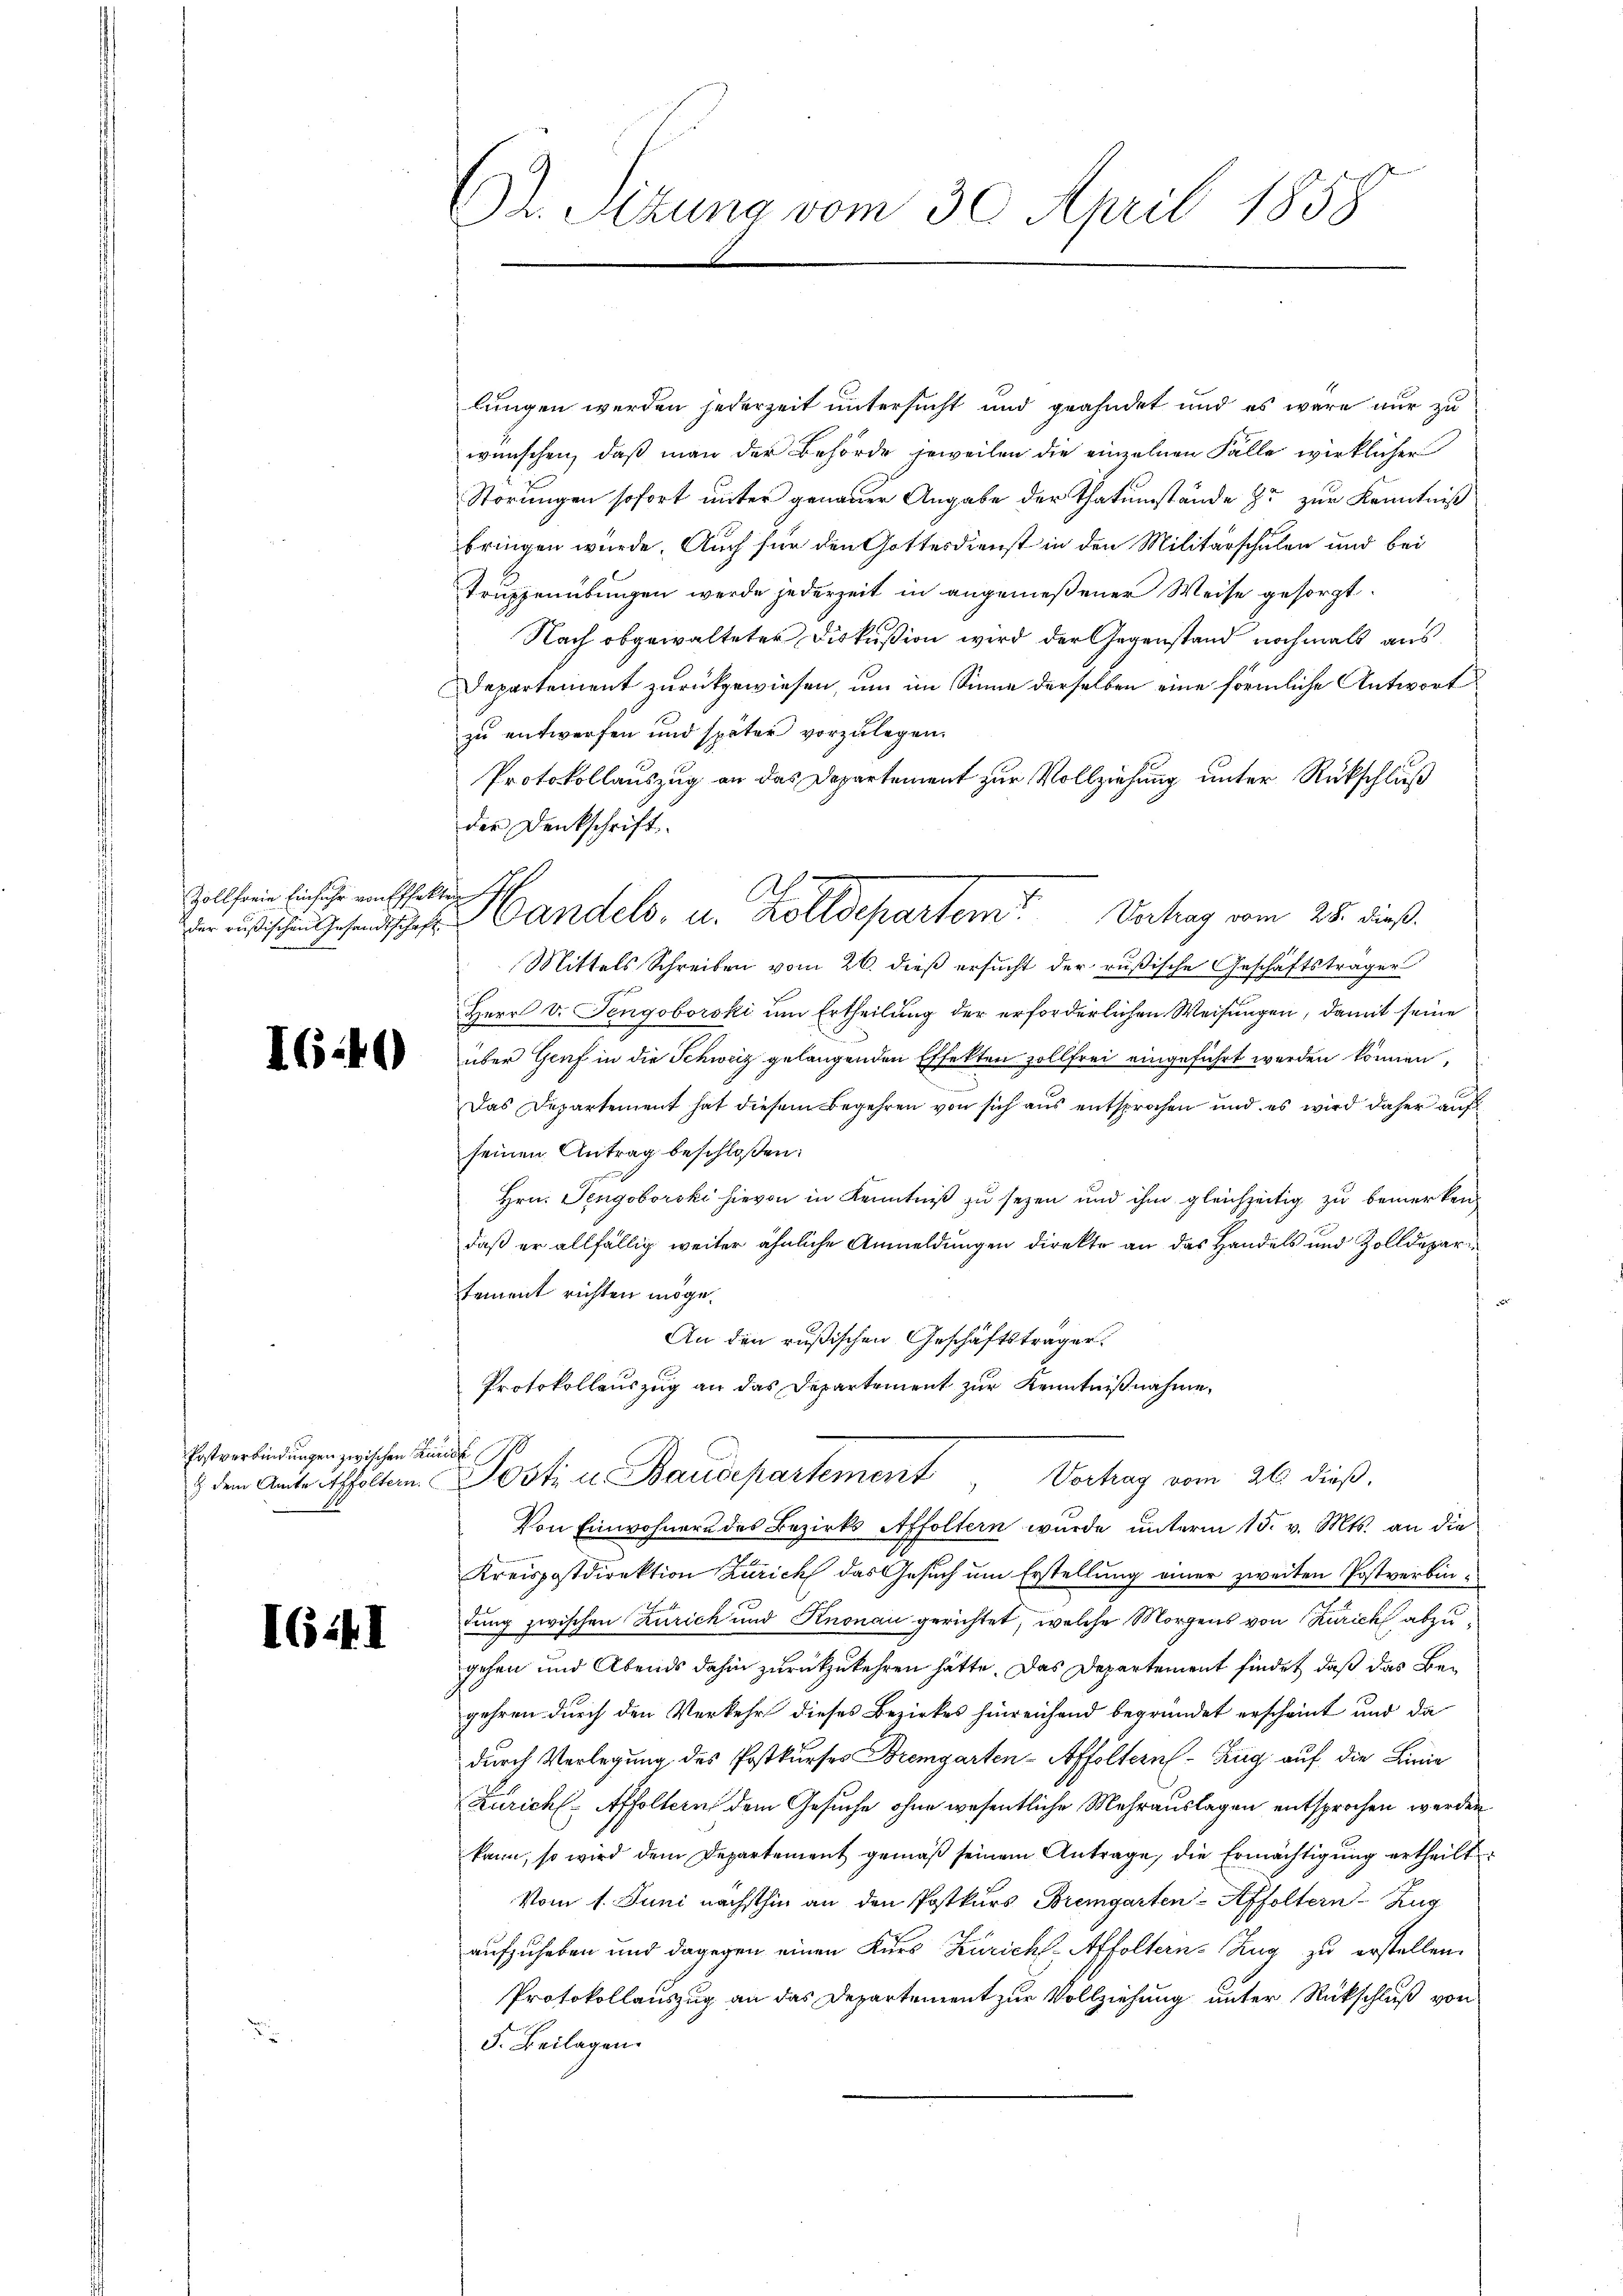
Zoll freie Einfuhr von Effekt

I6.40)

Postverbindungen zwischen Kurie

I6:4I

¬
Dr. Sitzung vom 30. April 1858

lungen werden jederzeit untersucht und geahndet und es wäre nur zu
wünschen, daß man der Behörde jeweilen die einzelnen Fälle wirklicher
Störungen sofort unter genauer Angabe der Thatumstände zu zur Kenntniß
bringen würde. Auch für den Gottesdienst in den Militärschulen und bei
Truppenübungen werde jederzeit in angemeßener Weise gesorgt.
Nach obgewalteter Diskußion wird der Gegenstand nochmals aus
Departement zurückgewiesen, um im Sinne derselben eine förmliche Antwort
zu entwerfen und später vorzulegen.
Protokollauszug an das Departement zur Vollziehung unter Rückschluß
der Denkschrift
eh
 sie andels- u. Kolldepartem Verhag vom 28. dieß.
Mittels Schreiben vom 26. dieß ersucht der rußische Geschäftsträger
Herr v. Jengoborski um Ertheilung der erforderlichen Weisungen, damit seine
über Genf in die Schweiz gelangenden Effekten sollfrei eingeführt werden können,
Das Departement hat diesem Begehren von sich aus entsprochen und es wird daher auf
seinen Antrag beschloßen:
Hrn. Jengoborski hievon in Kenntniß zu sezen und ihm gleichzeitig zu bemerken
daß er allfällig weiter ähnliche Anmeldungen direkte an das Handels und Zolldepartement richten möge.
An den rußischen Geschäftsträger.
Protokollauszug an das Departement zur Kenntnißnahme.

dem Amte erholten Osti u Baudepartement Vorhag vom 26 dieß.
Von Einwohnern des Bezirks Affoltern wurde unterm 15. v. Mts. an die

Kreispostdirektion Zürich das Gesuch um Erstellung einer zweiten Postverbinlung zwischen Zürich und Knonau gerichtet, welche Morgens von Zürich abzugehen und Abends dahin zurückzukehren hätte. Das Departement findet, daß das Begehren durch den Verkehr dieses Bezirkes hinreichend begründet erscheint und da
durch Verlegung des Postkurses Bremgarten-Affoltern Zug auf die Linie
Zürich, Affoltern dem Gesuche ohne wesentliche Mehrauslagen entsprochen werden
kann, so wird dem Departement gemäß seinem Antrage, die Ermächtigung ertheilt
Vom 1. Juni nächsthin an den Postkurs Bremgarten-Affoltern-Zug
aufzuheben und dagegen einen Kurs Zürichs-Affoltern Zug zu erstellen.
Protokollauszug an das Departement zur Vollziehung unter Rückschluß von
F. Beilagen.